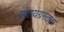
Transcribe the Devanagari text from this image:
संशयग्रस्तता